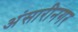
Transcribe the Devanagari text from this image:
अंसारीनगर